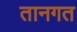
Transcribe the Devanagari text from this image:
तानगत